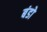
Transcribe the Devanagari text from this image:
बंडो